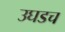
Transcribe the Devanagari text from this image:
उघडच